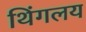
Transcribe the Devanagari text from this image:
थिंगलय